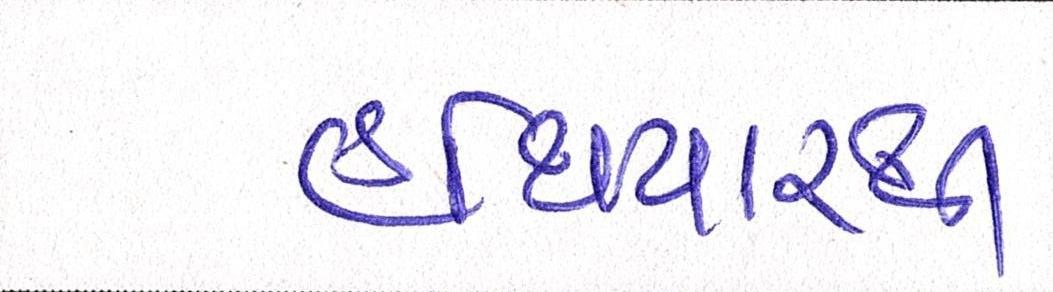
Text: હથિયારથી